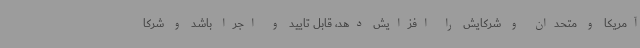
آمریکا و متحدان و شرکایش را افزایش دهد، قابل تایید و اجرا باشد و شرکا